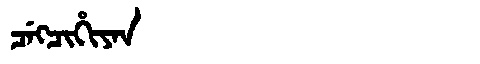
Manchu: ᠴᡝᡴᠴᡳᡥᡳᠶᠠᠨ
Romanization: CEKCIHIYAN